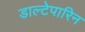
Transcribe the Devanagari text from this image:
डाल्टेपारिन